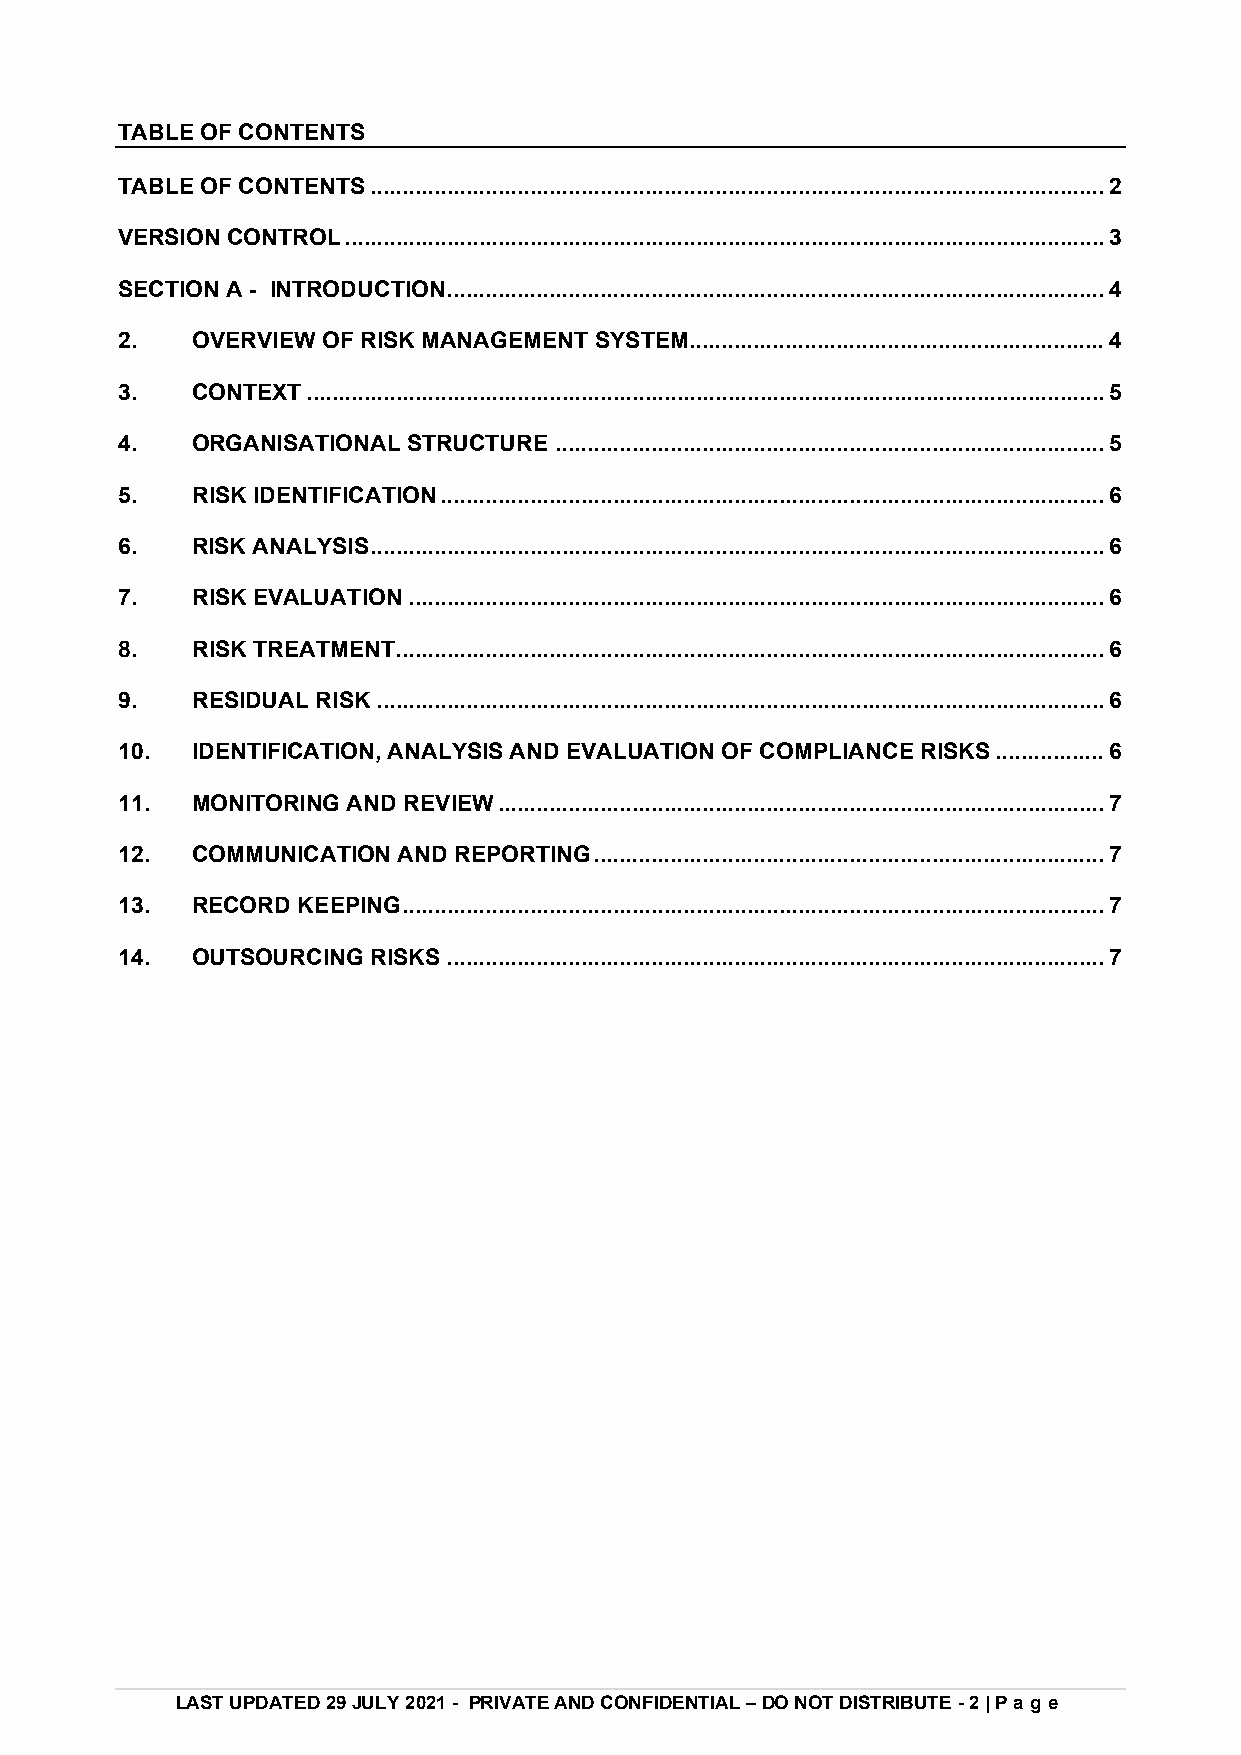
TABLE OF CONTENTS
 TABLE OF CONTENTS ................................................................................................................... 2
 VERSION CONTROL ....................................................................................................................... 3
 SECTION A - INTRODUCTION ....................................................................................................... 4
 2.   OVERVIEW OF RISK MANAGEMENT SYSTEM................................................................. 4
 3.   CONTEXT ............................................................................................................................. 5
 4.   ORGANISATIONAL STRUCTURE ...................................................................................... 5
 5.   RISK IDENTIFICATION ........................................................................................................ 6
 6.   RISK ANALYSIS ................................................................................................................... 6
 7.   RISK EVALUATION ............................................................................................................. 6
 8.   RISK TREATMENT ............................................................................................................... 6
 9.   RESIDUAL RISK .................................................................................................................. 6
 10.  IDENTIFICATION, ANALYSIS AND EVALUATION OF COMPLIANCE RISKS ................. 6
 11.  MONITORING AND REVIEW ............................................................................................... 7
 12.  COMMUNICATION AND REPORTING ................................................................................ 7
 13.  RECORD KEEPING .............................................................................................................. 7
 14.  OUTSOURCING RISKS ....................................................................................................... 7
 LAST UPDATED 29 JULY 2021 - PRIVATE AND CONFIDENTIAL – DO NOT DISTRIBUTE - 2 | Pag e